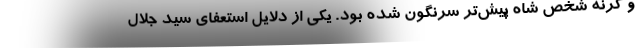
و گرنه شخص شاه پیش‌تر سرنگون شده بود. یکی از دلایل استعفای سید جلال